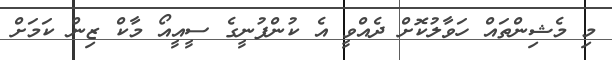
މި މެޝިންތައް ހަވާލުކޮށް ދެއްވީ އެ ކުންފުނީގެ ސީއީއޯ މާކް ޒިން ކަމަށް